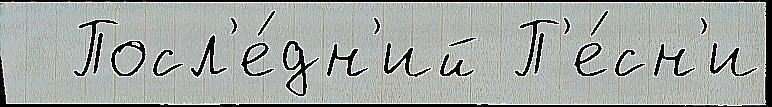
  Посл'е́дн'ий П'е́сн'и